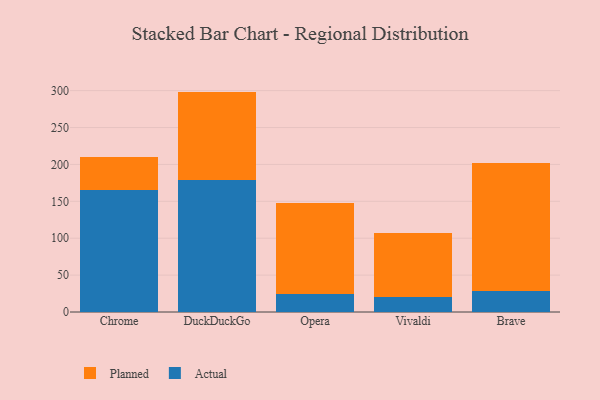
{"axis": {"x": "Browser", "y": "Temperature (°C)"}, "legend": ["Actual", "Planned"], "data": [{"x": "Chrome", "y": 165.3, "type": "Actual"}, {"x": "Chrome", "y": 44.8, "type": "Planned"}, {"x": "DuckDuckGo", "y": 178.5, "type": "Actual"}, {"x": "DuckDuckGo", "y": 120.2, "type": "Planned"}, {"x": "Opera", "y": 24.8, "type": "Actual"}, {"x": "Opera", "y": 123.5, "type": "Planned"}, {"x": "Vivaldi", "y": 20.8, "type": "Actual"}, {"x": "Vivaldi", "y": 85.9, "type": "Planned"}, {"x": "Brave", "y": 28.2, "type": "Actual"}, {"x": "Brave", "y": 174.3, "type": "Planned"}]}